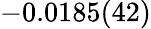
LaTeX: -0.0185(42)